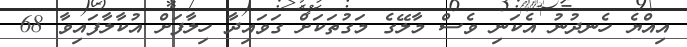
އިއްޔެ ހެނދުނު އެކަނި ވެސް މާލޭގެ މަގުތަކަށް ގަވައިދާ ހިލާފަށް އުކާލާފައިވާ 68